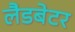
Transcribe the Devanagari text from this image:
लैडबेटर